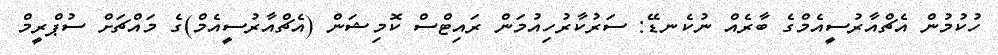
ހުކުމުން އެޗްއާރުސީއެމްގެ ބާރެއް ނުކެނޑޭ: ސަރުކާރުހިއުމަން ރައިޓްސް ކޮމިޝަން (އެޗްއާރުސީއެމް)ގެ މައްޗަށް ސުޕްރީމް